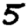
Digit: 5